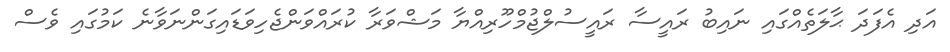
އަދި އެފަދަ ޙާލަތެއްގައި ނައިބު ރައީސާ ރައީސުލްޖުމްހޫރިއްޔާ މަޝްވަރާ ކުރައްވަންޖެހިވަޑައިގަންނަވާނެ ކަމުގައި ވެސް